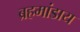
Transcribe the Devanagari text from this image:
ब्रहमांडाय